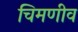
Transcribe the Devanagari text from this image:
चिमणीव